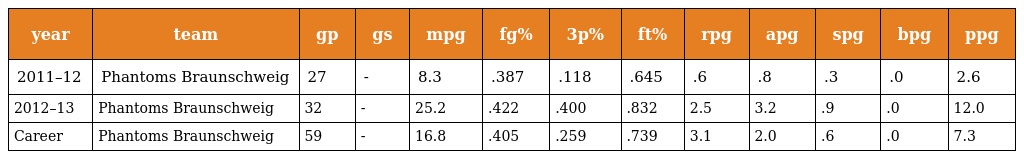
| year | team | gp | gs | mpg | fg% | 3p% | ft% | rpg | apg | spg | bpg | ppg |
 | --- | --- | --- | --- | --- | --- | --- | --- | --- | --- | --- | --- | --- |
 | 2011–12 | Phantoms Braunschweig | 27 | - | 8.3 | .387 | .118 | .645 | .6 | .8 | .3 | .0 | 2.6 |
 | 2012–13 | Phantoms Braunschweig | 32 | - | 25.2 | .422 | .400 | .832 | 2.5 | 3.2 | .9 | .0 | 12.0 |
 | Career | Phantoms Braunschweig | 59 | - | 16.8 | .405 | .259 | .739 | 3.1 | 2.0 | .6 | .0 | 7.3 |